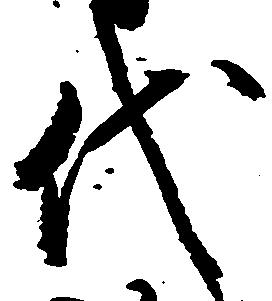
代